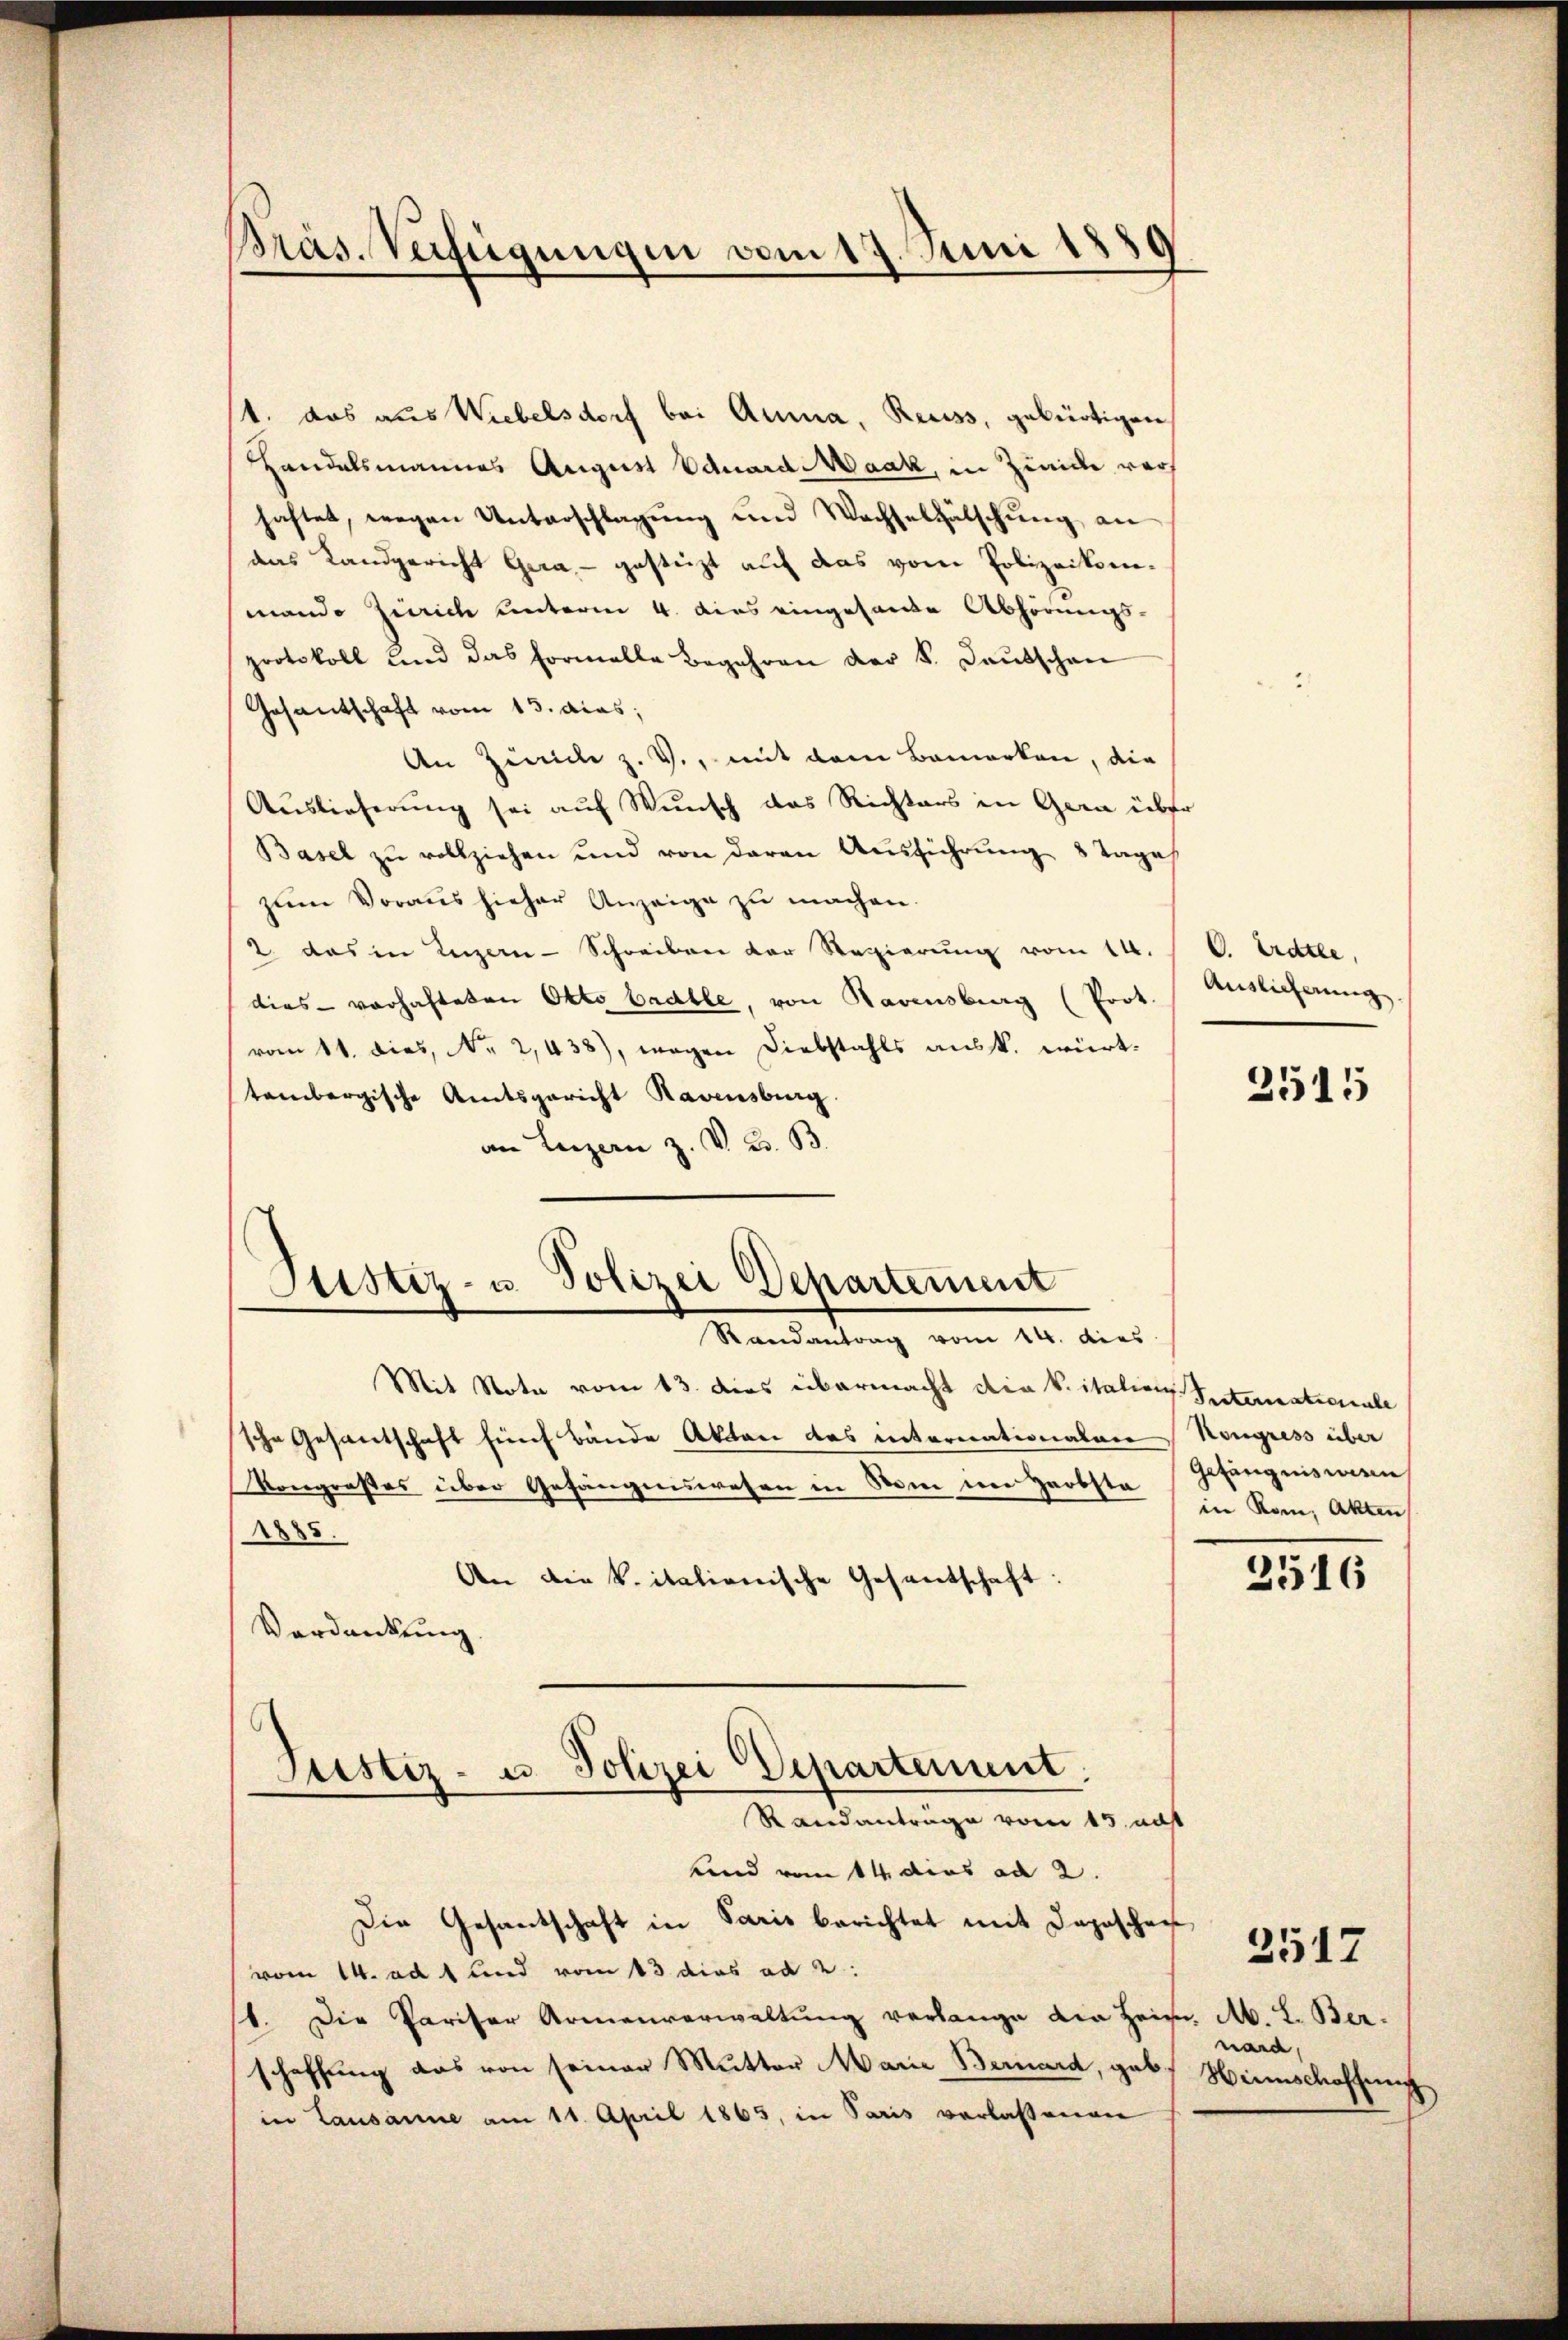
1. das aus Wiebelsdorf bei Anna, Reuss, gebürtigen
Handelsmannes August Eduard Maak, in Zinice vor
haftet, wegen Unterschlagung und Wachselfälschung an
das Landgericht Gera, - gestüzt auf das vom Polizeikoenmando Zürich unterm 4. dies eingesandte Abhörungs-
protokoll und das Formelle Begehren der k. Kautschen
Gesantschaft vom 13. das,
An Zürich z. V., mit dem Bemerken, die
Auslieferung sei auf Wunsch das Richters in Gern über
Basel zu vollziehen und von deren Ausführung 8 Tages
zŭm Voraus hieher Anzeige zu machen.
2. das in Luzern-Schreiben der Regierung vom 14.
dies - vorhafteten Okto Badble, von Ravensburg (Prot.
vom 11. dies, No 2,438), wegen Diebstahls ausst. württembergische Amtsgericht Ravensburg.
an Luzern z. V. B. B.

Präs. Verfügungen vom 17. Juni 1889

Astiz- u. Polizei Departement
Randantrag vom 14. dies

Mit Note vom 13. dies übermacht die Vitalien Seiternationale
sche Gesantschaft fünf bände Akten das internationalen Kongress über
Kongroßes über Gefängenswesen in Sam im Herbsta
885.
An die k. italionische Gesandschaft
Verdankung.
Justiz- u. Polizei Departement.
Randanträge vom 15. nut
Kind vom 14. dies ad 2.
Die Gesandschaft in Paris berichtet mit Depeschei
vom 14. ad 1 und vom 13 dies ad 2.
1. Die Pariser Armenverwaltung verlange die Heim, M. L. Berschaffung das von seiner Mutter Marie Bernard, geb. Hinschaffung
in Lausanne am 11. April 1865, in Paris verlaßenen

C. Erdtle,
Auslicherung

2515

Gefängnis wan
in Rom, Akten

2516

nard,

2517